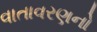
વાતાવરણનો